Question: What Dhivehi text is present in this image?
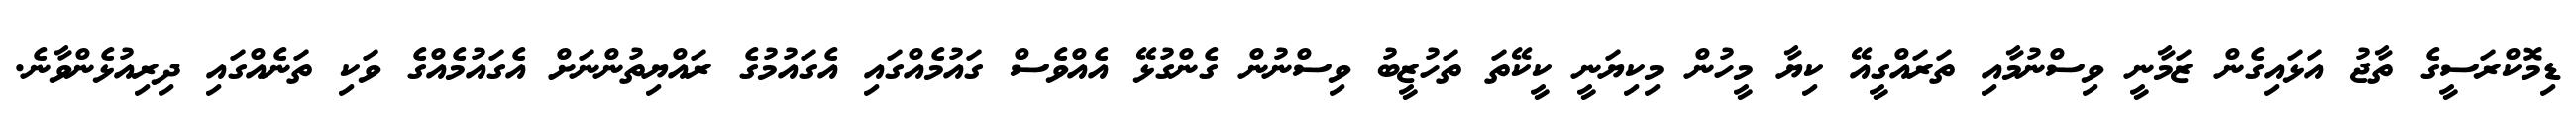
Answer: ޑިމޮކްރަސީގެ ތާޖު އަޅައިގެން ޒަމާނީ ވިސްނުމާއި ތަރައްގީއޭ ކިޔާ މީހުން މިކިޔަނީ ކީކޭތަ ތަހުޒީބު ވިސްނުން ގެންގުޅޭ އެއްވެސް ގައުމެއްގައި އެގައުމުގެ ރައްޔިތުންނަށް އެގައުމެއްގެ ވަކި ތަނެއްގައި ދިރިއުޅެންވާނެ.